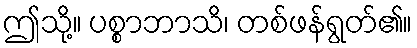
ဤသို့။ ပစ္စာဘာသိ၊ တစ်ဖန်ရွတ်၏။